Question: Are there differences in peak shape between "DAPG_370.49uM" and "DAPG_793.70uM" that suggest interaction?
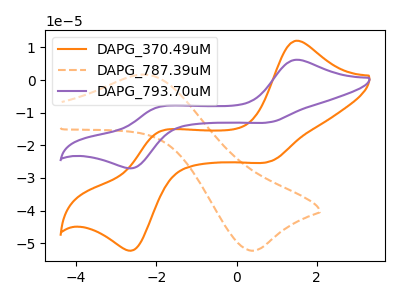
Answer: <think>The orange curve "DAPG_370.49uM" has anodic peaks at (1.50V, 12.05uA) (-1.95V, -16.10uA) and cathodic peaks at (0.85V, -24.85uA) (-2.55V, -52.00uA). The orange dashed curve "DAPG_787.39uM" has an anodic peak at (-2.25V, 1.70uA) and a cathodic peak at (0.35V, -52.30uA). The purple curve "DAPG_793.70uM" has anodic peaks at (1.50V, 6.25uA) (-1.95V, -8.35uA) and cathodic peaks at (0.85V, -12.85uA) (-2.55V, -26.90uA).
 All the peaks in "DAPG_370.49uM" have a peak in "DAPG_793.70uM" at the same potential.</think>
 <answer>No, "DAPG_370.49uM" and "DAPG_793.70uM" don't appear to be significantly different in shape</answer>
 <eval>no_change</eval>